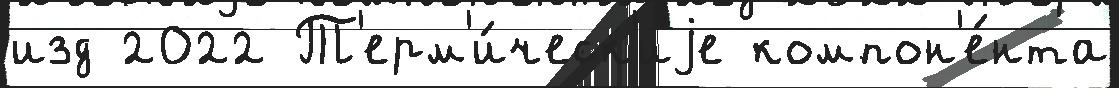
изд 2022 Т'ерм'и́ческ'иjе компон'е́нта